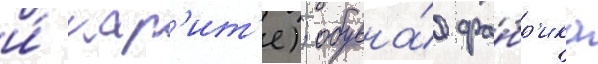
и́ кар'ит'е); обувна́я фа́бр'ика